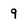
Character: 9